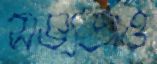
সভ্যতাও